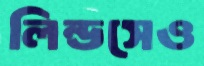
লিন্ডসেও